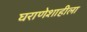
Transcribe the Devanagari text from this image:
घराणेशाहीला